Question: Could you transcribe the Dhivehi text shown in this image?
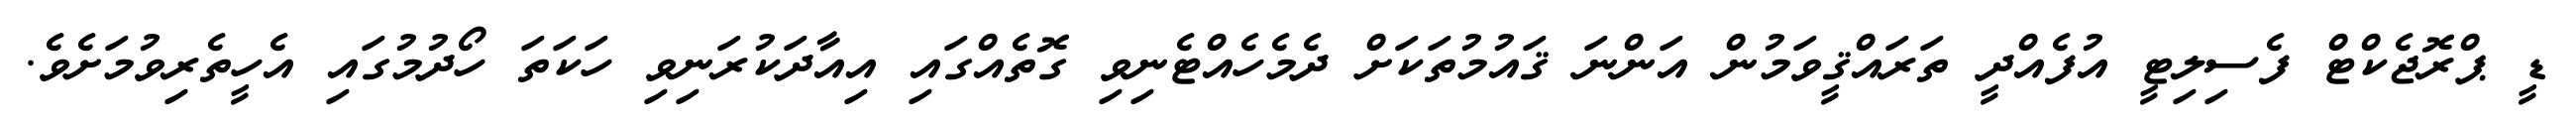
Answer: ޑީ ޕްރޮޖެކްޓް ފެސިލިޓީ އުފެއްދީ ތަރައްޤީވަމުން އަންނަ ޤައުމުތަކަށް ދެމެހެއްޓެނިވި ގޮތެއްގައި އިއާދަކުރަނިވި ހަކަތަ ހޯދުމުގައި އެހީތެރިވުމަށެވެ.